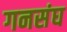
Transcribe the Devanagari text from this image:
गनसंघ